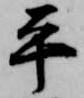
平